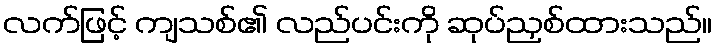
လက်ဖြင့် ကျသစ်၏ လည်ပင်းကို ဆုပ်ညှစ်ထားသည်။